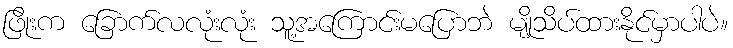
ဖြိုးက ခြောက်လလုံးလုံး သူ့အကြောင်းမပြောဘဲ မျိုသိပ်ထားနိုင်မှာပါပဲ။